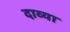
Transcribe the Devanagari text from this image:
दाव्या